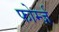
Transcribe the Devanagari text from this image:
फोर्म्ज़